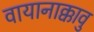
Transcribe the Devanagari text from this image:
वायानाक्कावु